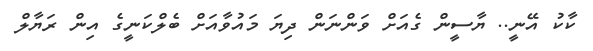
ކާކު އޭނީ.. ޔާސީން ގެއަށް ވަންނަން ދިޔަ މައުވާއަށް ބެލްކަނީގެ އިން ރަޔާލް